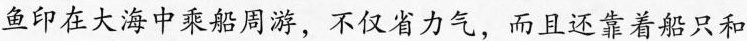
鱼印在大海中乘船周游，不仅省力气，而且还靠着船只和